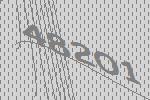
48201